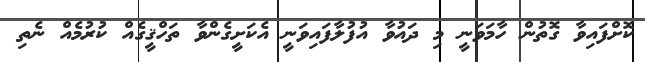
ކޮށްފައިވާ ގޮތުން ހާމަވަނީ މި ދައުވާ އުފުލާފައިވަނީ އެކަށީގެންވާ ތަހްޤީގެއް ކުރުމެއް ނެތި